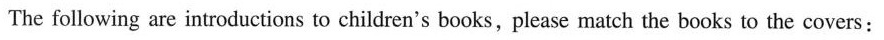
The following are introductions to children's books,please match the books to the covers: